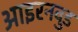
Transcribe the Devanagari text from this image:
आइरनवुड